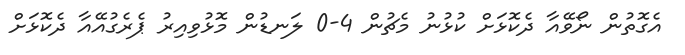
އެގޮތުން ނޯވޭއާ ދެކޮޅަށް ކުޅުނު މެޗުން 4-0 ލަނޑުން މޮޅުވިއިރު ޕެރެގުއޭއާ ދެކޮޅަށް